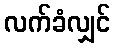
လက်ခံလျှင်